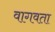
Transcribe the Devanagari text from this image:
वागवता